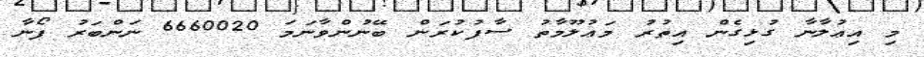
މި އިޢުލާނާ ގުޅިގެން އިތުރު މަޢުލޫމާތު ސާފުކުރަން ބޭނުންވާނަމަ 6660020 ނަންބަރު ފޯނާ